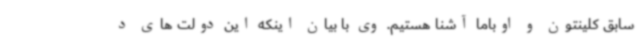
سابق کلینتون و اوباما آشنا هستیم. وی با بیان اینکه این دولت های د